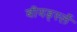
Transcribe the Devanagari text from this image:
बीयर्ड्स्ले